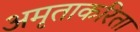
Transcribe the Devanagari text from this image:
अमृताकरिता